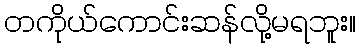
တကိုယ်ကောင်းဆန်လို့မရဘူး။